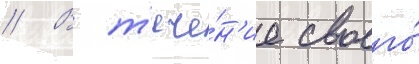
// В т'ече́н'ие своего́